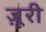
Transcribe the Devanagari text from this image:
ज़ूरी